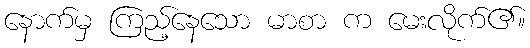
နောက်မှ ကြည့်နေသော မာစာ က မေးလိုက်၏။